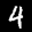
Label: 4